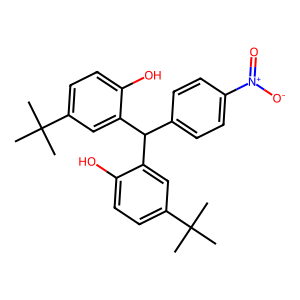
SMILES: CC(C)(C)c1ccc(O)c(C(c2ccc([N+](=O)[O-])cc2)c2cc(C(C)(C)C)ccc2O)c1
Inhibits HIV replication: No